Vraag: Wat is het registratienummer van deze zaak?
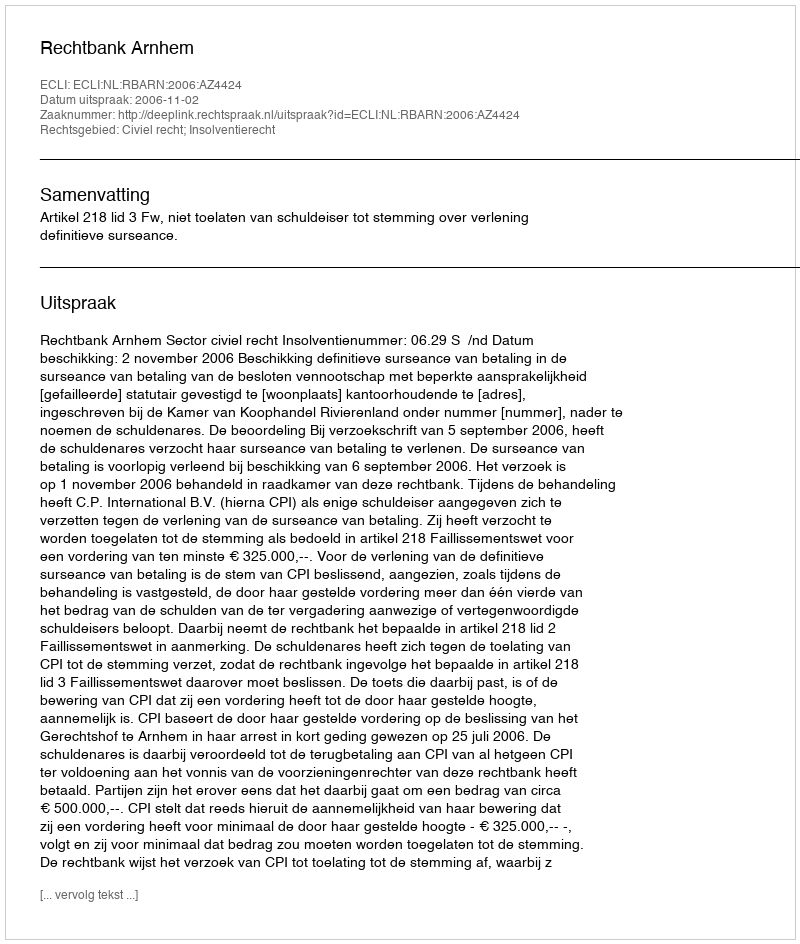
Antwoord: http://deeplink.rechtspraak.nl/uitspraak?id=ECLI:NL:RBARN:2006:AZ4424